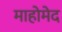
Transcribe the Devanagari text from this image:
माहोमेद